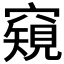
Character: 𥨖